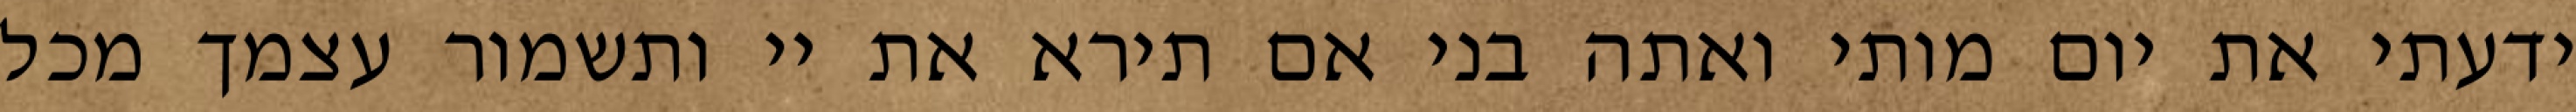
ידעתי את יום מותי ואתה בני אם תירא את יי ותשמור עצמך מכל